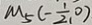
M _ { 5 } ( - \frac { 1 } { 2 } , 0 )